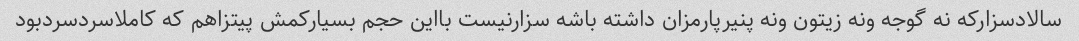
سالادسزارکه نه گوجه ونه زیتون ونه پنیرپارمزان داشته باشه سزارنیست بااین حجم بسیارکمش پیتزاهم که کاملاسردسردبود